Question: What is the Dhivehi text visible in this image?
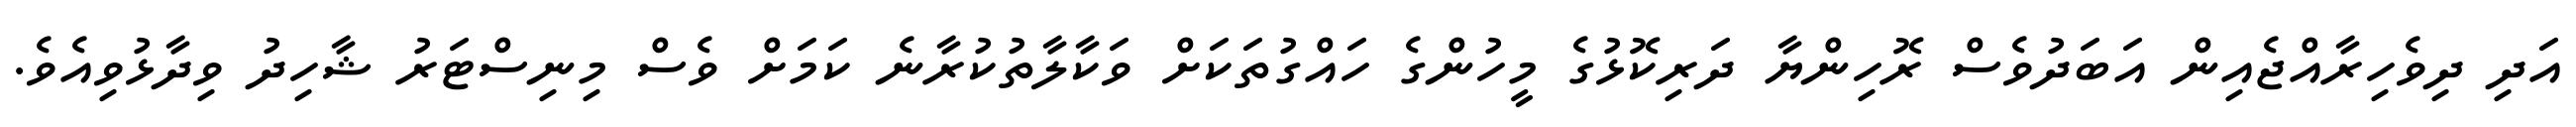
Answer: އަދި ދިވެހިރާއްޖެއިން އަބަދުވެސް ރޮހިންޔާ ދަރިކޮޅުގެ މީހުންގެ ހައްގުތަކަށް ވަކާލާތުކުރާނެ ކަމަށް ވެސް މިނިސްޓަރު ޝާހިދު ވިދާޅުވިއެވެ.